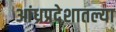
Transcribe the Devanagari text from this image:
आंध्रप्रदेशातल्या